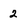
Character: 2